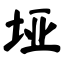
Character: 垭